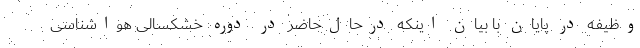
وظیفه در پایان با بیان اینکه درحال‌حاضر در دوره خشکسالی هواشناسی